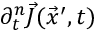
\partial _ { t } ^ { n } \vec { J } ( \vec { x } ^ { \prime } , t )